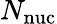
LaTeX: N_{\mathrm{nuc}}